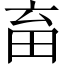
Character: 𤰸